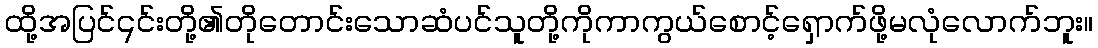
ထို့အပြင်၎င်းတို့၏တိုတောင်းသောဆံပင်သူတို့ကိုကာကွယ်စောင့်ရှောက်ဖို့မလုံလောက်ဘူး။